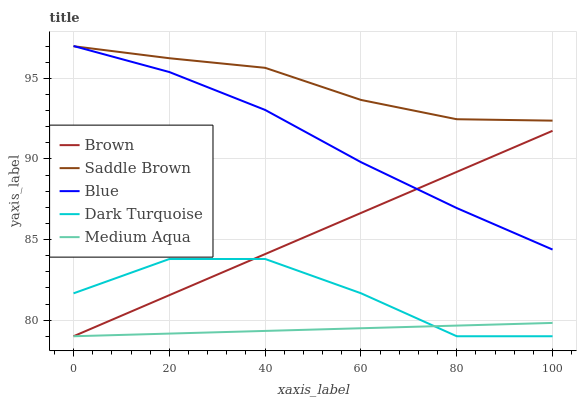
| xaxis_label | Brown | Saddle Brown | Blue | Dark Turquoise | Medium Aqua |
 | --- | --- | --- | --- | --- | --- |
 | 0 | 79 | 97 | 97 | 81.7 | 79 |
 | 20 | 81.5 | 96.2 | 95.4 | 83.8 | 79.2 |
 | 40 | 84.1 | 95.6 | 93 | 83.8 | 79.3 |
 | 60 | 86.6 | 93.7 | 89.8 | 81.7 | 79.5 |
 | 80 | 89.2 | 92.5 | 87 | 79 | 79.7 |
 | 100 | 91.7 | 92.4 | 84.4 | 79 | 79.8 |